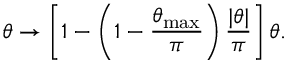
\theta \rightarrow \left[ 1 - \left( 1 - \frac { \theta _ { \mathrm { m a x } } } { \pi } \right) \frac { | \theta | } { \pi } \right] \theta .